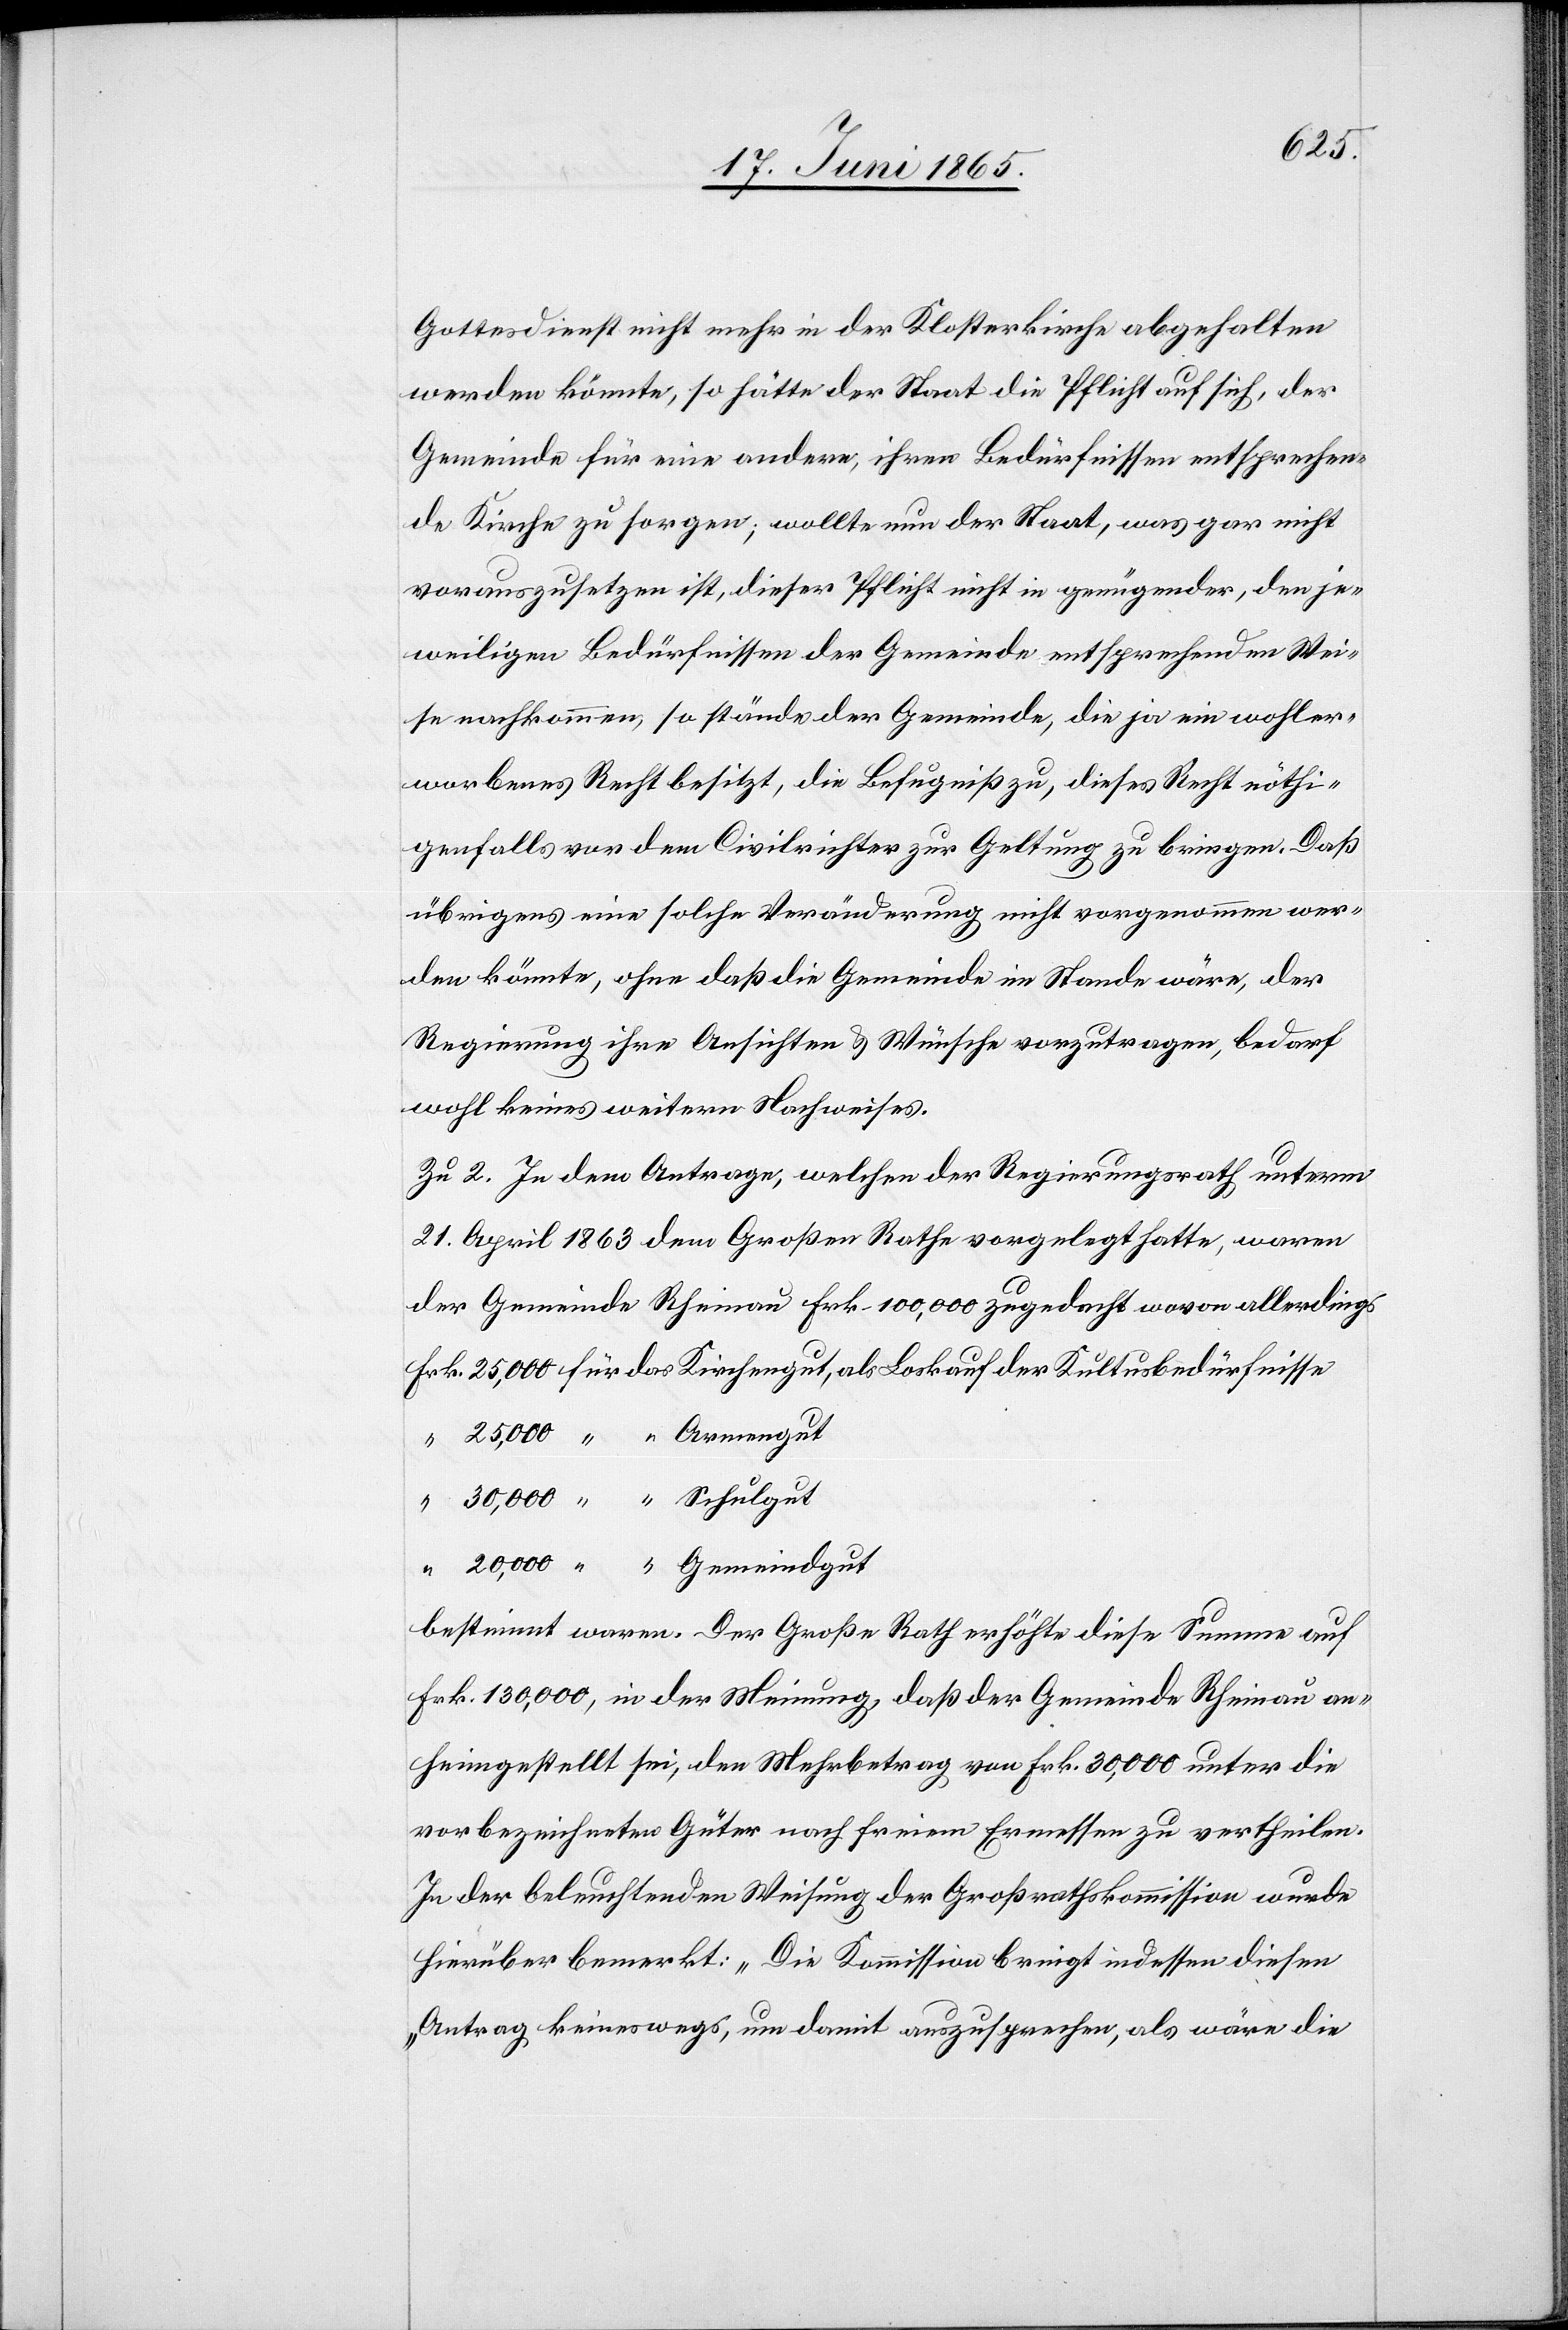
Gottesdienst nicht mehr in der Klosterkirche abgehalten
werden könne, so hätte der Staat die Pflicht auf sich, der
Gemeinde für eine andere, ihren Bedürfnissen entsprechen¬
de Kirche zu sorgen; wollte nun der Staat, was gar nicht
vorauszusetzen ist, dieser Pflicht nicht in genügender, den je¬
weiligen Bedürfnissen der Gemeinde entsprechenden Wei¬
se nachkommen, so stünde der Gemeinde, die ja ein wohler¬
worbenes Recht besitzt, die Befugniß zu, dieses Recht nöthi¬
genfalls vor dem Civilrichter zur Geltung zu bringen. Daß
übrigens eine solche Veränderung nicht vorgenommen wer¬
den könnte, ohne daß die Gemeinde im Stande wäre, der
Regierung ihre Ansichten & Wünsche vorzutragen, bedarf
wohl keines weitern Nachweises.
Zu 2. In dem Antrage, welchen der Regierungsrath unterm
21. April 1863 dem Großen Rathe vorgelegt hatte, waren
der Gemeinde Rheinau Frk. 100,000 zugedacht wovon allerdings
Frk. 25,000 für das Kirchengut, als Loskauf der Kultusbedürfnisse
“ 25,000 “ “ Armengut
“ 30,000 “ “ Schulgut
“ 20,000 “ “ Gemeindgut
bestimmt waren. Der Große Rath erhöhte diese Summe auf
Frk. 130,000, in der Meinung, daß der Gemeinde Rheinau an¬
heimgestellt sei, den Mehrbetrag von Frk. 30,000 unter die
vorbezeichneten Güter nach freiem Ermessen zu vertheilen.
In der beleuchtenden Weisung der Großrathskommission wurde
hierüber bemerkt: „Die Kommission bringt indessen diesen
Antrag keineswegs, um damit auszusprechen, als wäre die